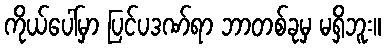
ကိုယ်ပေါ်မှာ ပြင်ပဒဏ်ရာ ဘာတစ်ခုမှ မရှိဘူး။